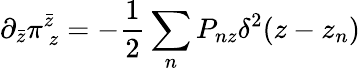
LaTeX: \partial_{\bar{z}}\pi_{~z}^{\bar{z}}=-\frac{1}{2}\sum_{n}P_{nz}\delta^{2}(z-z_{n})